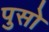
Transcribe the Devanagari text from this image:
पुसो